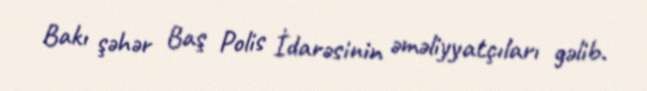
Bakı şəhər Baş Polis İdarəsinin əməliyyatçıları gəlib.